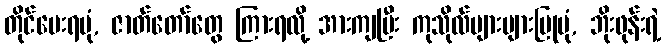
တိုင်ပေးရပုံ, ဇာတ်တော်တွေ ကြားရလို့ အားကျပြီး ကုသိုလ်များများပြုပုံ, ဘိုးဖုန်းရဲ့